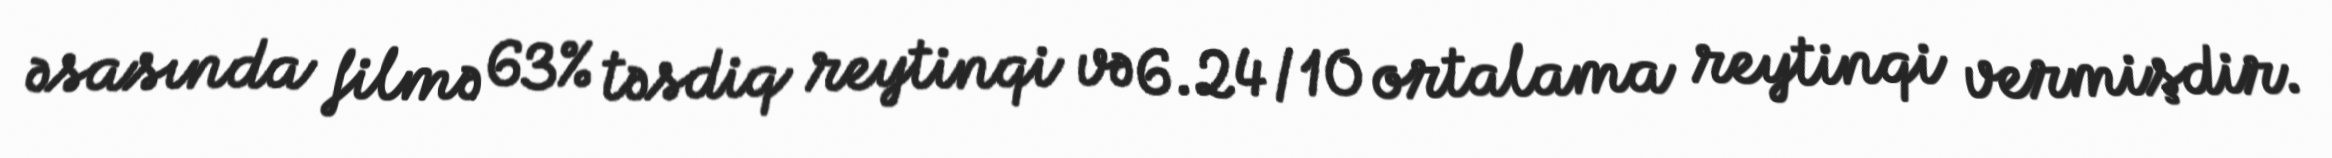
əsasında filmə 63% təsdiq reytinqi və 6.24/10 ortalama reytinqi vermişdir.